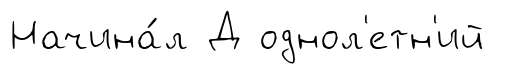
Начина́л Д однол'етн'ий